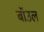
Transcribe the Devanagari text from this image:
बॉउल